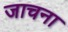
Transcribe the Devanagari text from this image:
जाचना